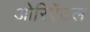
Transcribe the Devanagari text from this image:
ओरिऐंटल